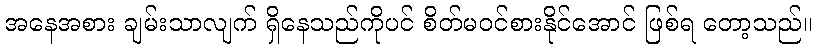
အနေအစား ချမ်းသာလျက် ရှိနေသည်ကိုပင် စိတ်မဝင်စားနိုင်အောင် ဖြစ်ရ တော့သည်။